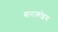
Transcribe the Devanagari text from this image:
बाराकोइस